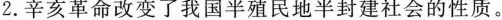
2.辛亥革命改变了我国半殖民地半封建社会的性质。